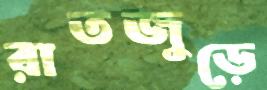
রাতজুড়ে